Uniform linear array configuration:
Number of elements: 48
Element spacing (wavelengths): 0.75
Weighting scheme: kaiser
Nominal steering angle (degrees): -15
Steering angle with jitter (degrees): -15.262
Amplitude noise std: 0.05
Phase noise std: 0.05

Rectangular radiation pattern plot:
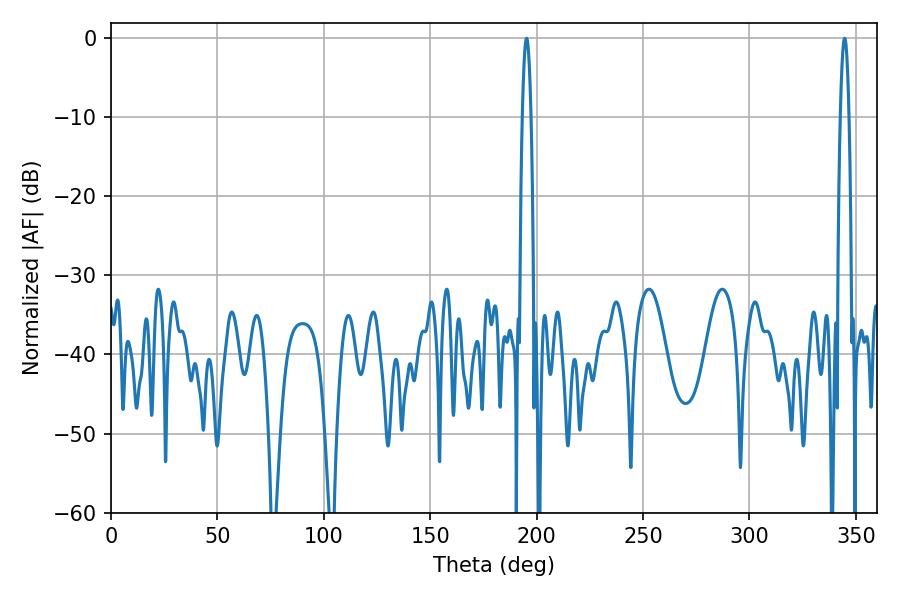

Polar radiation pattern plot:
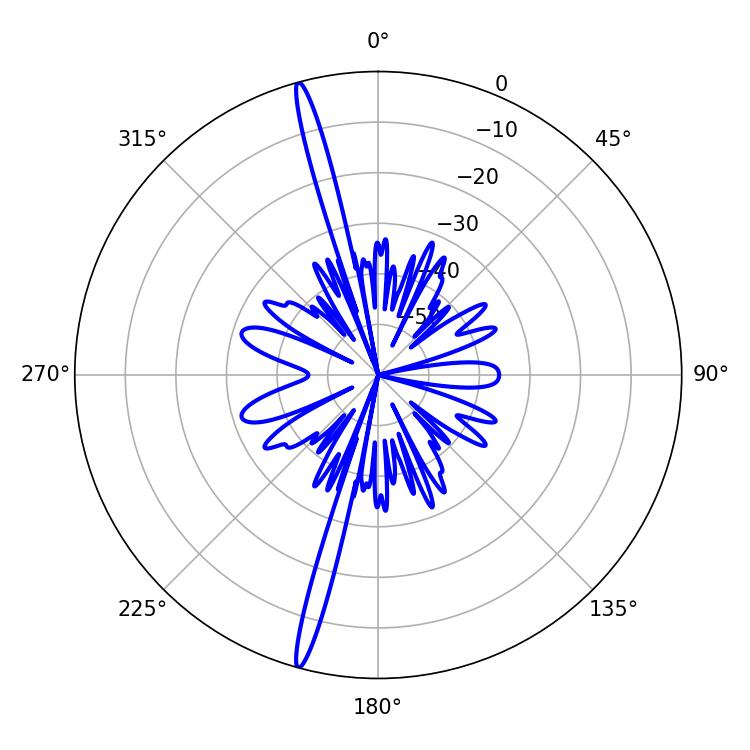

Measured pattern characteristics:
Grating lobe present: TRUE
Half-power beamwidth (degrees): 2.16
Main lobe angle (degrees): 344.7